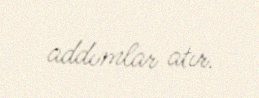
addımlar atır.